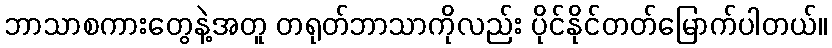
ဘာသာစကားတွေနဲ့အတူ တရုတ်ဘာသာကိုလည်း ပိုင်နိုင်တတ်မြောက်ပါတယ်။